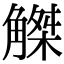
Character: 𧤠